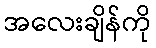
အလေးချိန်ကို